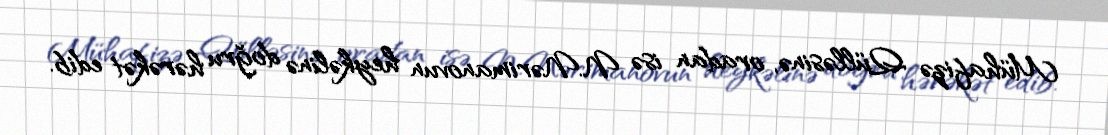
Mühafizə Qülləsinə, oradan isə N.Nərimanovun heykəlinə doğru hərəkət edib.